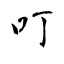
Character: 叮